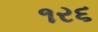
૧ર૬